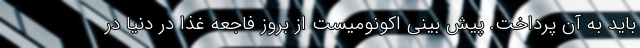
باید به آن پرداخت. پیش بینی اکونومیست از بروز فاجعه غذا در دنیا در